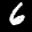
Label: 6